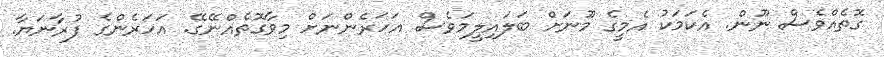
ގޮތެއްވެސް ނޫން. އެކަމަކު އެމީގެ މޫނަށް ބަލައިލީމަވެސް އަހަރެންނަށް މިވާގޮތެއްނޭގޭ. އަހަރެންގެ ފުރާނަޔާ.